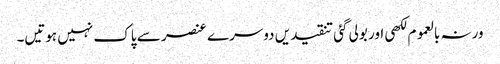
ورنہ بالعموم لکھی اور بولی گئی تنقیدیں دوسرے عنصر سے پاک نہیں ہوتیں۔